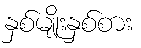
နှစ်မျိုးနှစ်စား